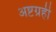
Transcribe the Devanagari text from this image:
अष्टग्रही